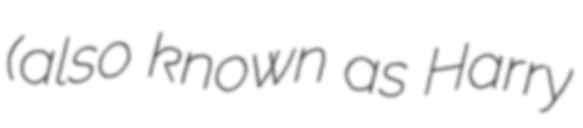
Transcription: (also known as Harry